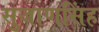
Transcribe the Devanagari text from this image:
सुजाणसिंह